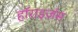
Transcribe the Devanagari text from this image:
हॉराइज़ंस